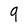
Character: 9